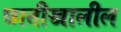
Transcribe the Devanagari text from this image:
छातीखालील